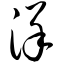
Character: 详